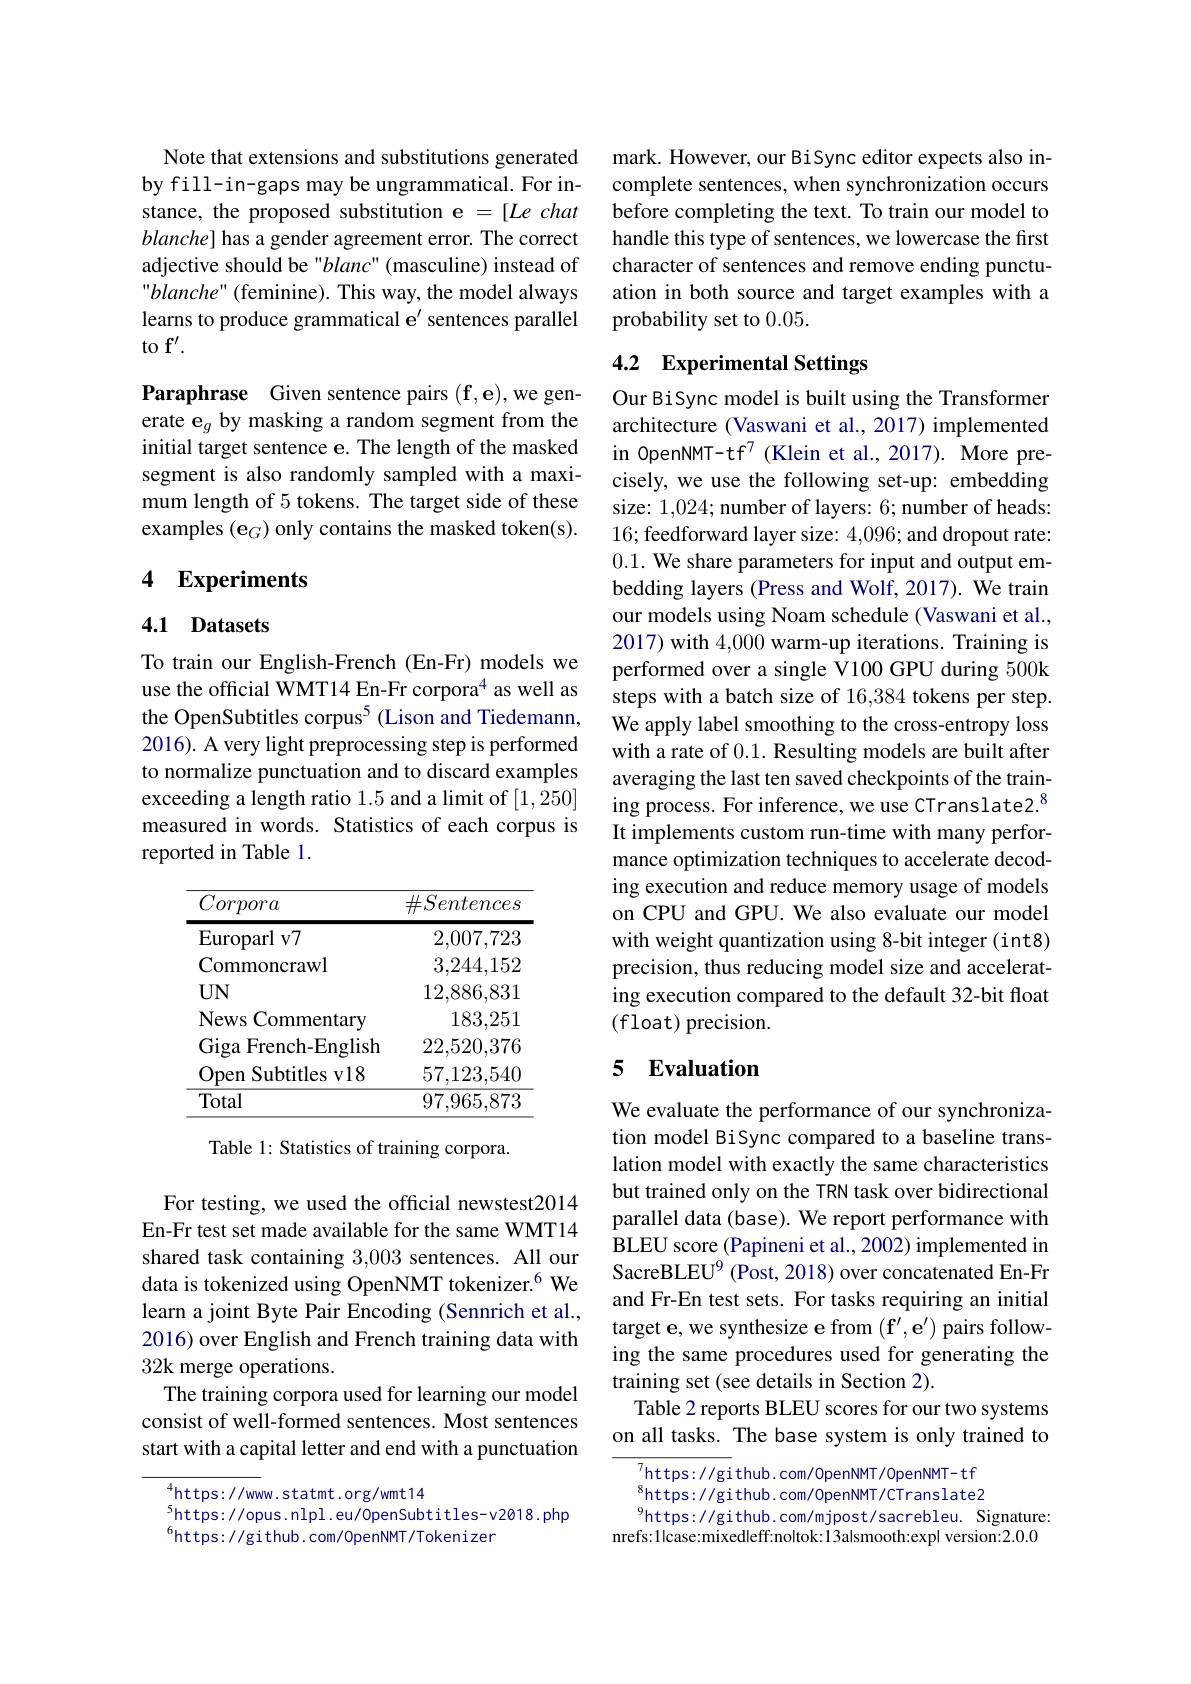
Note that extensions and substitutions generated by fill-in-gaps may be ungrammatical. For instance, the proposed substitution e =[Le chat $blanche]$ has a gender agreement error. The correct adjective should be "blanc" (masculine) instead of ${}^{\prime}blanche^{\prime}($feminine). This way, the model always learns to produce grammatical e' sentences parallel to f'.

Paraphrase Given sentence pairs $(\mathbf{f},\mathbf{e})$,we generate e$_g$ by masking a random segment from the initial target sentence e. The length of the masked segment is also randomly sampled with a maximum length of 5 tokens. The target side of these examples $(\mathbf{e}_G)$ only contains the masked token(s).

## 4 Experiments

### 4.1 Datasets

To train our English-French (En-Fr) models we use the official WMT14 En-Fr corpora$^{4}$ as well as the OpenSubtitles corpus$^{5}$ (Lison and Tiedemann, 2016). A very light preprocessing step is performed to normalize punctuation and to discard examples exceeding a length ratio 1.5 and a limit of [1,250] measured in words. Statistics of each corpus is reported in Table 1.

<table>
	<tbody>
		<tr>
			<th>Corpora</th>
			<th>$\#Sentences$</th>
		</tr>
		<tr>
			<td>${\mathrm{Europarl~v7}}$</td>
			<td>2,007,723</td>
		</tr>
		<tr>
			<td>Commoncrawl</td>
			<td>3,244,152</td>
		</tr>
		<tr>
			<td>News Com mentarv</td>
			<td>-,000,00 183.251</td>
		</tr>
		<tr>
			<td>Giga French-English 1</td>
			<td>22,520,376</td>
		</tr>
		<tr>
			<td>$\textbf{Subtitles v18}$ Open</td>
			<td>57,123,540</td>
		</tr>
		<tr>
			<td>Total</td>
			<td>97,965,873</td>
		</tr>
	</tbody>
</table>

Table 1: Statistics of training corpora.

For testing, we used the official newstest2014 En-Fr test set made available for the same WMT14 shared task containing 3,003 sentences. All our data is tokenized using OpenNMT tokenizer.$^{6}$ We learn a joint Byte Pair Encoding (Sennrich et al., 2016) over English and French training data with 32k merge operations.
The training corpora used for learning our model consist of well-formed sentences. Most sentences start with a capital letter and end with a punctuation

$^{4}$https://www.statmt.org/wmt14
$^{5}$https://opus.nlpl.eu/0penSubtitles-v2018.php
$^{6}$https://github.com/0penNMT/Tokenizer

mark. However, our BiSync editor expects also incomplete sentences, when synchronization occurs before completing the text. To train our model to handle this type of sentences, we lowercase the first character of sentences and remove ending punctuation in both source and target examples with a probability set to 0.05.

## 4.2 Experimental Settings

Our BiSync model is built using the Transformer architecture (Vaswani et al., 2017) implemented in OpenNMT-tf$^7$ (Klein et al.,2017). More precisely, we use the following set-up: embedding size: 1,024; number of layers: 6; number of heads: 16; feedforward layer size: 4,096; and dropout rate: 0.1. We share parameters for input and output embedding layers (Press and Wolf, 2017). We train our models using Noam schedule (Vaswani et al., 2017) with 4,000 warm-up iterations. Training is performed over a single V100 GPU during 500k steps with a batch size of 16,384 tokens per step. We apply label smoothing to the cross-entropy loss with a rate of 0.1. Resulting models are built after averaging the last ten saved checkpoints of the training process. For inference, we use CTranslate2.$^{8}$ It implements custom run-time with many performance optimization techniques to accelerate decoding execution and reduce memory usage of models on CPU and GPU. We also evaluate our model with weight quantization using 8-bit integer (int8) precision, thus reducing model size and accelerating execution compared to the default 32-bit float (float) precision.

## 5 Evaluation

We evaluate the performance of our synchronization model BiSync compared to a baseline translation model with exactly the same characteristics but trained only on the TRN task over bidirectional parallel data (base). We report performance with BLEU score (Papineni et al., 2002) implemented in SacreBLEU$^{9}$ (Post, 2018) over concatenated En-Fr and Fr-En test sets. For tasks requiring an initial target e, we synthesize e from $(\mathbf{f}^{\prime},\mathbf{e}^{\prime})$ pairs following the same procedures used for generating the training set (see details in Section 2).
Table 2 reports BLEU scores for our two systems on all tasks. The base system is only trained to

$^{7}$https: / / gi thub. com/ Open NMT/ Open NMT- t f $^{8}$https: / / gi thub. com/ 0 pen NMT/ CT rans late2 $^{9}$https://github.com/mjpost/sacrebleu. Signature: nrefs:1lcase:mixedleff:noltok:13alsmooth:exp| version:2.0.0